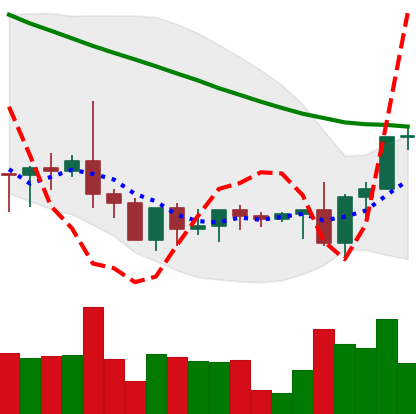
Ticker: XRP-USD
Chart end date: 2022-09-10
Forward return: -8.764%
Label: down_7plus